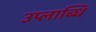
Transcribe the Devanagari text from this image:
उप्लाब्धि